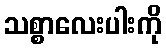
သစ္စာလေးပါးကို